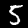
Digit: 5